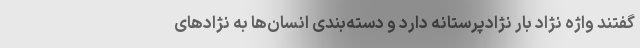
گفتند واژه نژاد بار نژادپرستانه دارد و دسته‌بندی انسان‌ها به نژادهای